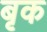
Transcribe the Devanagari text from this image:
बृक